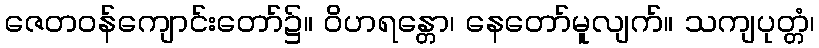
ဇေတဝန်ကျောင်းတော်၌။ ဝိဟရန္တော၊ နေတော်မူလျက်။ သကျပုတ္တံ၊